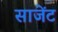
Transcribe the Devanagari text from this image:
साजेंट